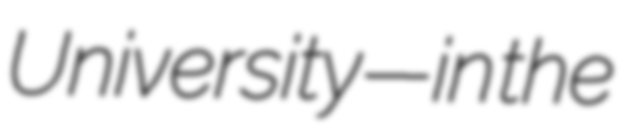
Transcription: University—in the